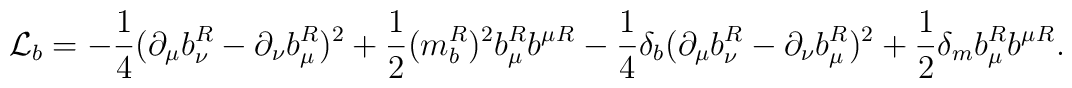
{\cal L}_b = - {1 \over 4} (\partial_\mu b_\nu^R - \partial_\nu b_\mu^R)^2+ {1 \over 2} (m_b^R)^2  b_\mu^R b^\mu{}^R \\- {1 \over 4} \delta_b (\partial_\mu b_\nu^R - \partial_\nu b_\mu^R)^2+ {1 \over 2} \delta_m  b_\mu^R b^\mu{}^R .